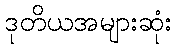
ဒုတိယအများဆုံး